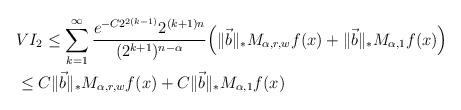
LaTeX: \begin{align*}&VI_2\leq \sum\limits_{k=1}^{\infty}\frac{e^{-C2^{2(k-1)}}2^{(k+1)n}}{(2^{k+1})^{n-\alpha}}\Big(\|\vec{b}\|_{*}M_{\alpha,r,w}f(x)+\|\vec{b}\|_{*}M_{\alpha,1}f(x)\Big)\\&\leq C\|\vec{b}\|_{*}M_{\alpha,r,w}f(x)+C\|\vec{b}\|_{*}M_{\alpha,1}f(x)\end{align*}